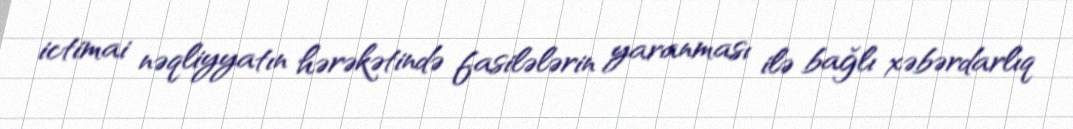
ictimai nəqliyyatın hərəkətində fasilələrin yaranması ilə bağlı xəbərdarlıq